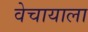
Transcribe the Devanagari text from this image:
वेचायाला